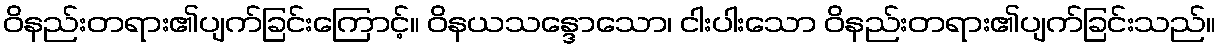
ဝိနည်းတရား၏ပျက်ခြင်းကြောင့်။ ဝိနယသန္ဒောသော၊ ငါးပါးသော ဝိနည်းတရား၏ပျက်ခြင်းသည်။